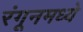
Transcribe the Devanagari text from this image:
रंगूनमध्ये